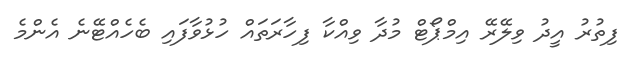
ފިތުރު އީދު ވިލޭރޭ އިމްޕޯޓް މުދާ ވިއްކާ ފިހާރަތައް ހުޅުވާފައި ބެހެއްޓޭނެ އެންމެ